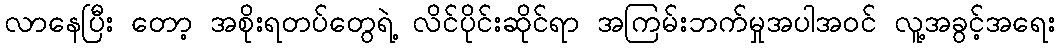
လာနေပြီး တော့ အစိုးရတပ်တွေရဲ့ လိင်ပိုင်းဆိုင်ရာ အကြမ်းဘက်မှုအပါအဝင် လူ့အခွင့်အရေး